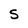
Character: S